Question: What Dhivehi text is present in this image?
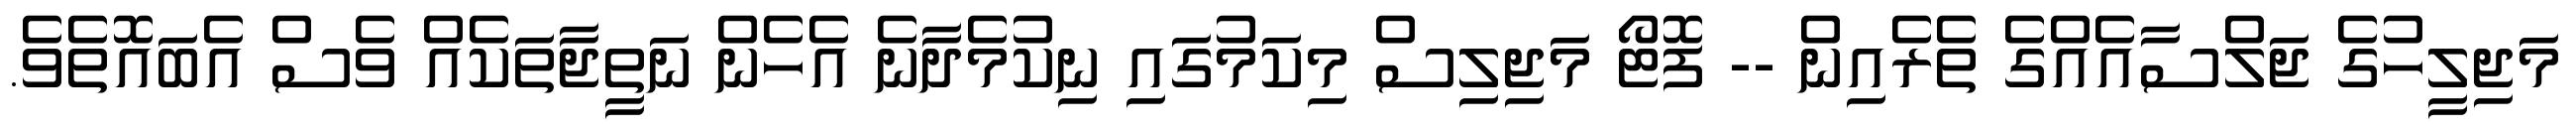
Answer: މަޖިލީހުގެ ޖަލްސާއެއްގެ ތެރެއިން -- ފޮޓޯ މަޖިލިސް މިކަމުގައި ނިކުމެދާނެ އެހެން ނަތީޖާތަކެއް ވެސް އެބައޮތެވެ.